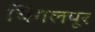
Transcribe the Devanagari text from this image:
चिंगलपूर